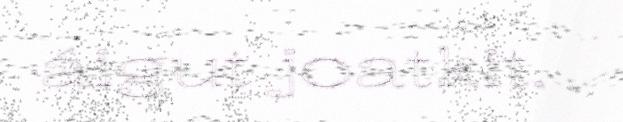
áigut joatkit.